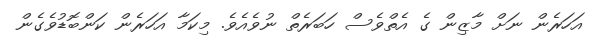
އަހަރެން ނަށް މާޒިން ގެ އެތްވެސް ހަބަރެތް ނުވެއެވެ. މިކަމާ އަހަރެން ކަންބޮޑުވެގެން